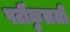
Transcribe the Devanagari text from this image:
पर्टीकुलर्ली